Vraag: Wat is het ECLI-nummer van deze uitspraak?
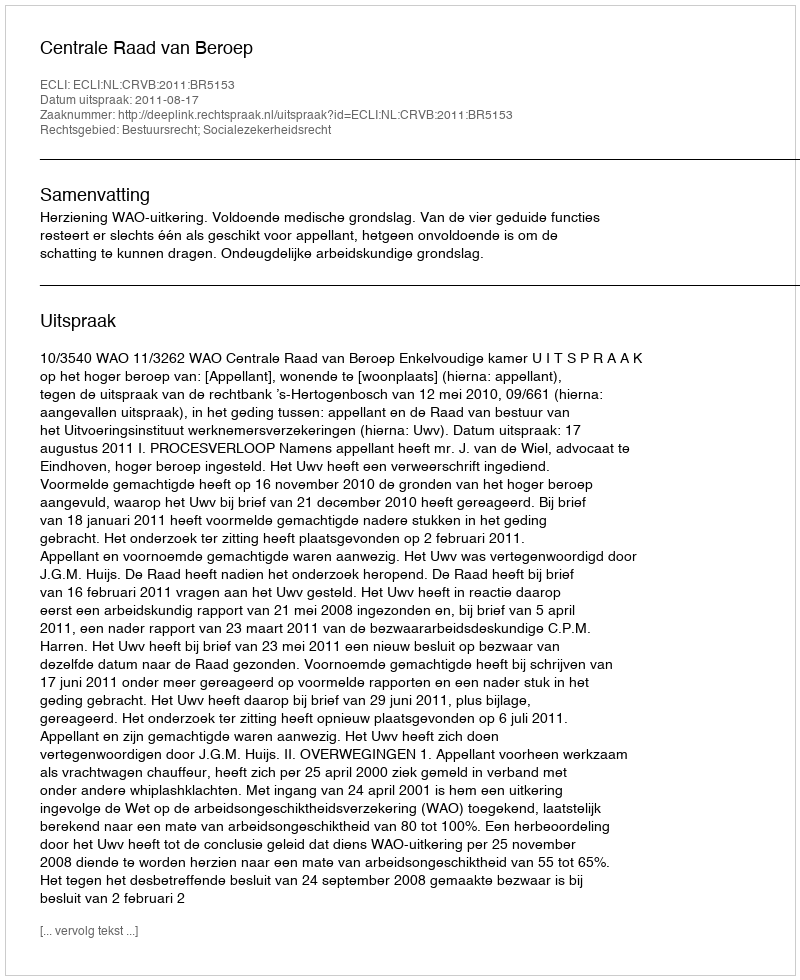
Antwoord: ECLI:NL:CRVB:2011:BR5153